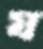
য